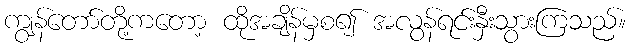
ကျွန်တော်တို့ကတော့ ထိုအချိန်မှစ၍ အလွန်ရင်းနှီးသွားကြသည်။